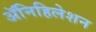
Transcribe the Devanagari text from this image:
ॲनिहिलेशन